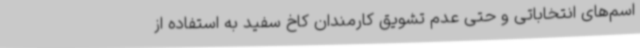
اسم‌های انتخاباتی و حتی عدم تشویق کارمندان کاخ سفید به استفاده از